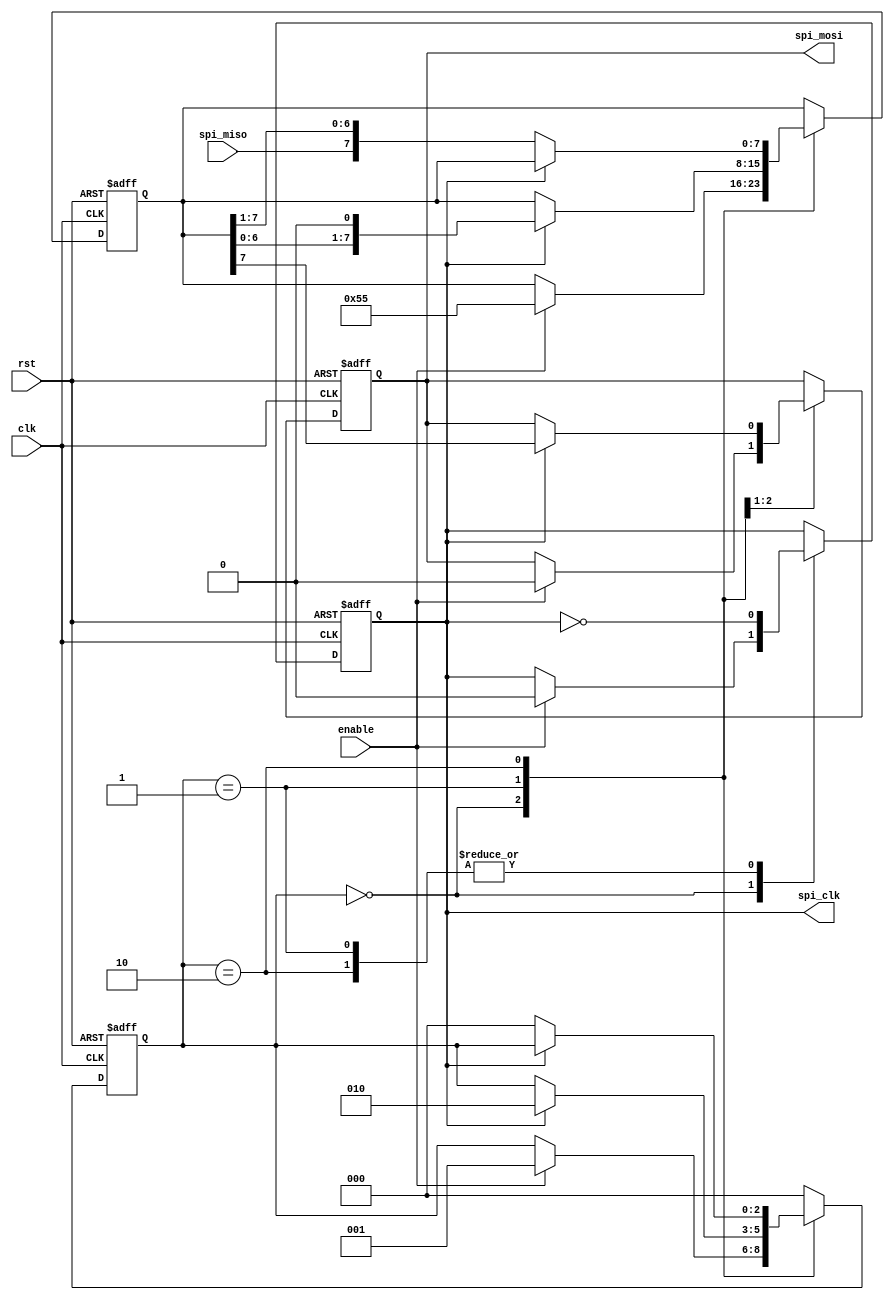
module SPI_Controller (
    input wire clk,
    input wire rst,
    input wire enable,
    
    output reg spi_clk,
    output reg spi_mosi,
    input wire spi_miso
);

reg [7:0] spi_data;
reg [2:0] state;

parameter IDLE = 3'b000;
parameter TRANSMIT = 3'b001;
parameter RECEIVE = 3'b010;

always @(posedge clk or posedge rst) begin
    if (rst) begin
        state <= IDLE;
        spi_data <= 8'h00;
        spi_clk <= 1'b0;
        spi_mosi <= 1'b0;
    end else begin
        case (state)
            IDLE: begin
                if (enable) begin
                    state <= TRANSMIT;
                    spi_clk <= 1'b0;
                    spi_mosi <= 1'b0;
                    spi_data <= 8'h55; // Example data to transmit
                end
            end
            
            TRANSMIT: begin
                spi_clk <= ~spi_clk;
                if (spi_clk) begin
                    spi_mosi <= spi_data[7];
                    spi_data <= {spi_data[6:0], 1'b0};
                    state <= RECEIVE;
                end
            end
            
            RECEIVE: begin
                spi_clk <= ~spi_clk;
                if (~spi_clk) begin
                    spi_data <= {spi_miso, spi_data[7:1]};
                    state <= IDLE;
                    // Process received data here
                end
            end
            
            default: state <= IDLE;
        endcase
    end
end

endmodule